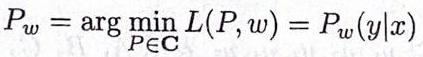
$P_w = \arg \min_{P\in\mathbf{C}} L(P, w) = P_w(y|x)$